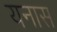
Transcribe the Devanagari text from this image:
यनास